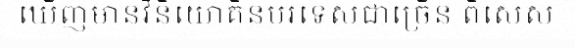
ឃើញមានវិនិយោគិនបរទេសជាច្រើន ពិសេស